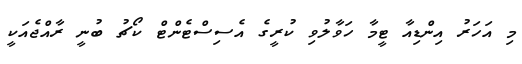
މި އަހަރު އިންޑިއާ ޓީމާ ހަވާލުވި ކުރީގެ އެސިސްޓެންޓް ކޯޗު ބުނީ ރާއްޖެއަކީ